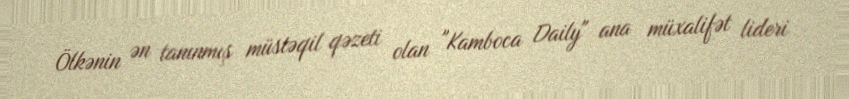
Ölkənin ən tanınmış müstəqil qəzeti olan "Kamboca Daily" ana müxalifət lideri